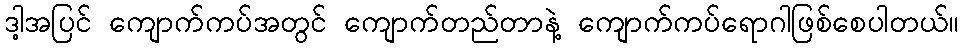
ဒါ့အပြင် ကျောက်ကပ်အတွင် ကျောက်တည်တာနဲ့ ကျောက်ကပ်ရောဂါဖြစ်စေပါတယ်။